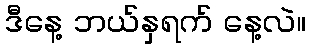
ဒီနေ့ ဘယ်နှရက် နေ့လဲ။